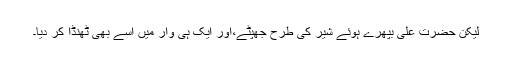
لیکن حضرت علیؓ بپھرے ہوئے شیر کی طرح جھپٹے،اور ایک ہی وار میں اسے بھی ٹھنڈا کر دیا۔